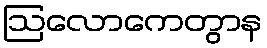
ဩလောကေတွာန